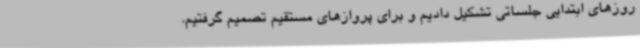
روزهای ابتدایی جلساتی تشکیل دادیم و برای پروازهای مستقیم تصمیم گرفتیم.